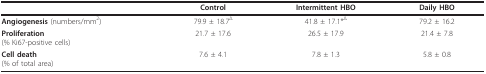
<table><thead><tr><td></td><td><b>Control</b></td><td><b>Intermittent HBO</b></td><td><b>Daily HBO</b></td></tr></thead><tbody><tr><td><b>Angiogenesis </b>(numbers/mm<sup>2</sup>)</td><td>79.9 ± 18.7<sup>Δ</sup></td><td>41.8 ± 17.1*<sup>Δ</sup></td><td>79.2 ± 16.2</td></tr><tr><td><b>Proliferation</b>(% Ki67-positive cells)</td><td>21.7 ± 17.6</td><td>26.5 ± 17.9</td><td>21.4 ± 7.8</td></tr><tr><td><b>Cell death</b>(% of total area)</td><td>7.6 ± 4.1</td><td>7.8 ± 1.3</td><td>5.8 ± 0.8</td></tr></tbody></table>